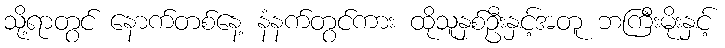
သို့ရာတွင် နောက်တစ်နေ့ နံနက်တွင်ကား ထိုသူနှစ်ဦးနှင့်အတူ ဘကြီးမိုးနှင့်